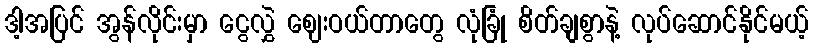
ဒါ့အပြင် အွန်လိုင်းမှာ ငွေလွှဲ ဈေးဝယ်တာတွေ လုံခြုံ စိတ်ချစွာနဲ့ လုပ်ဆောင်နိုင်မယ့်